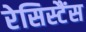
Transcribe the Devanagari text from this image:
रेसिस्टैंस